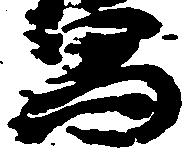
写